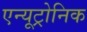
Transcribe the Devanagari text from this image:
एन्यूट्रोनिक